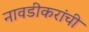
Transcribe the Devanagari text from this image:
नावडीकरांची